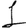
Digit: 1